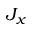
J _ { x }